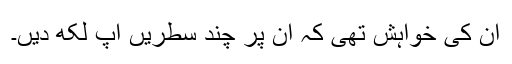
ان کی خواہش تھی کہ ان پر چند سطریں آپ لکھ دیں۔